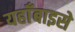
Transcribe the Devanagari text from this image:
यहाँबाइसे